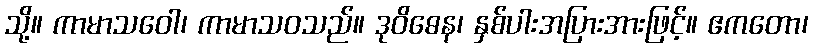
သို့။ ကာမာသဝေါ၊ ကာမာသဝသည်။ ဒုဝိဓေန၊ နှစ်ပါးအပြားအားဖြင့်။ ဧကတော၊